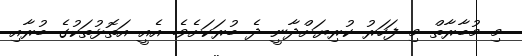
މި މުބާރާތް މި ފަހަރު ކުރިޔަށްދާނީ ދެ ބުރަކަށެވެ. އެއީ އަތޮޅުތަކުގެ ބުރާއި